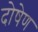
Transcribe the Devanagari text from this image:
दोषेण